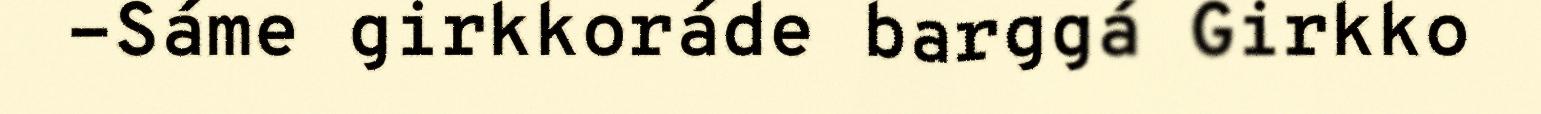
-Sáme girkkoráde barggá Girkko